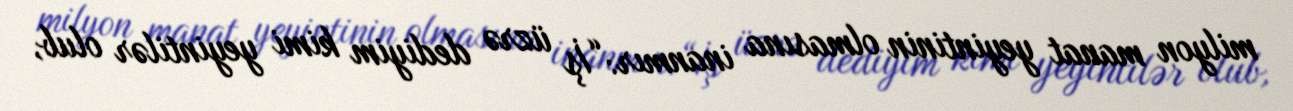
milyon manat yeyintinin olmasına inanmır:“İş üzrə dediyim kimi yeyintilər olub,